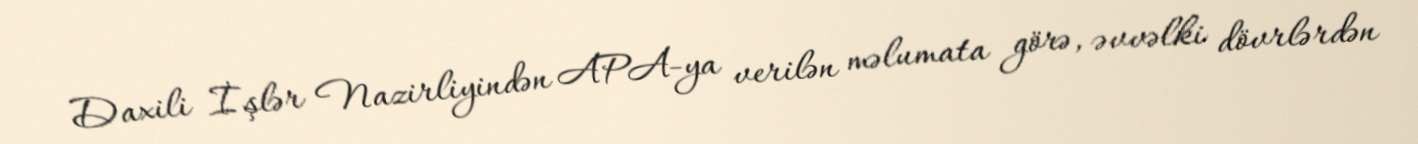
Daxili İşlər Nazirliyindən APA-ya verilən məlumata görə, əvvəlki dövrlərdən